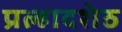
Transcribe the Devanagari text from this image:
प्रल्हादशेठ